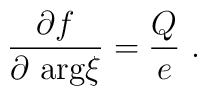
\frac {\partial f}{\partial \  \mbox{\rm arg} \xi} = \frac Qe \  .